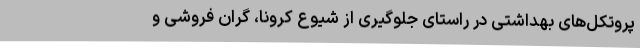
پروتکل‌های بهداشتی در راستای جلوگیری از شیوع کرونا، گران فروشی و